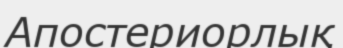
Апостериорлық